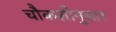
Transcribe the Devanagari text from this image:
चौकशीनुसार